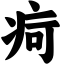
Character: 疴